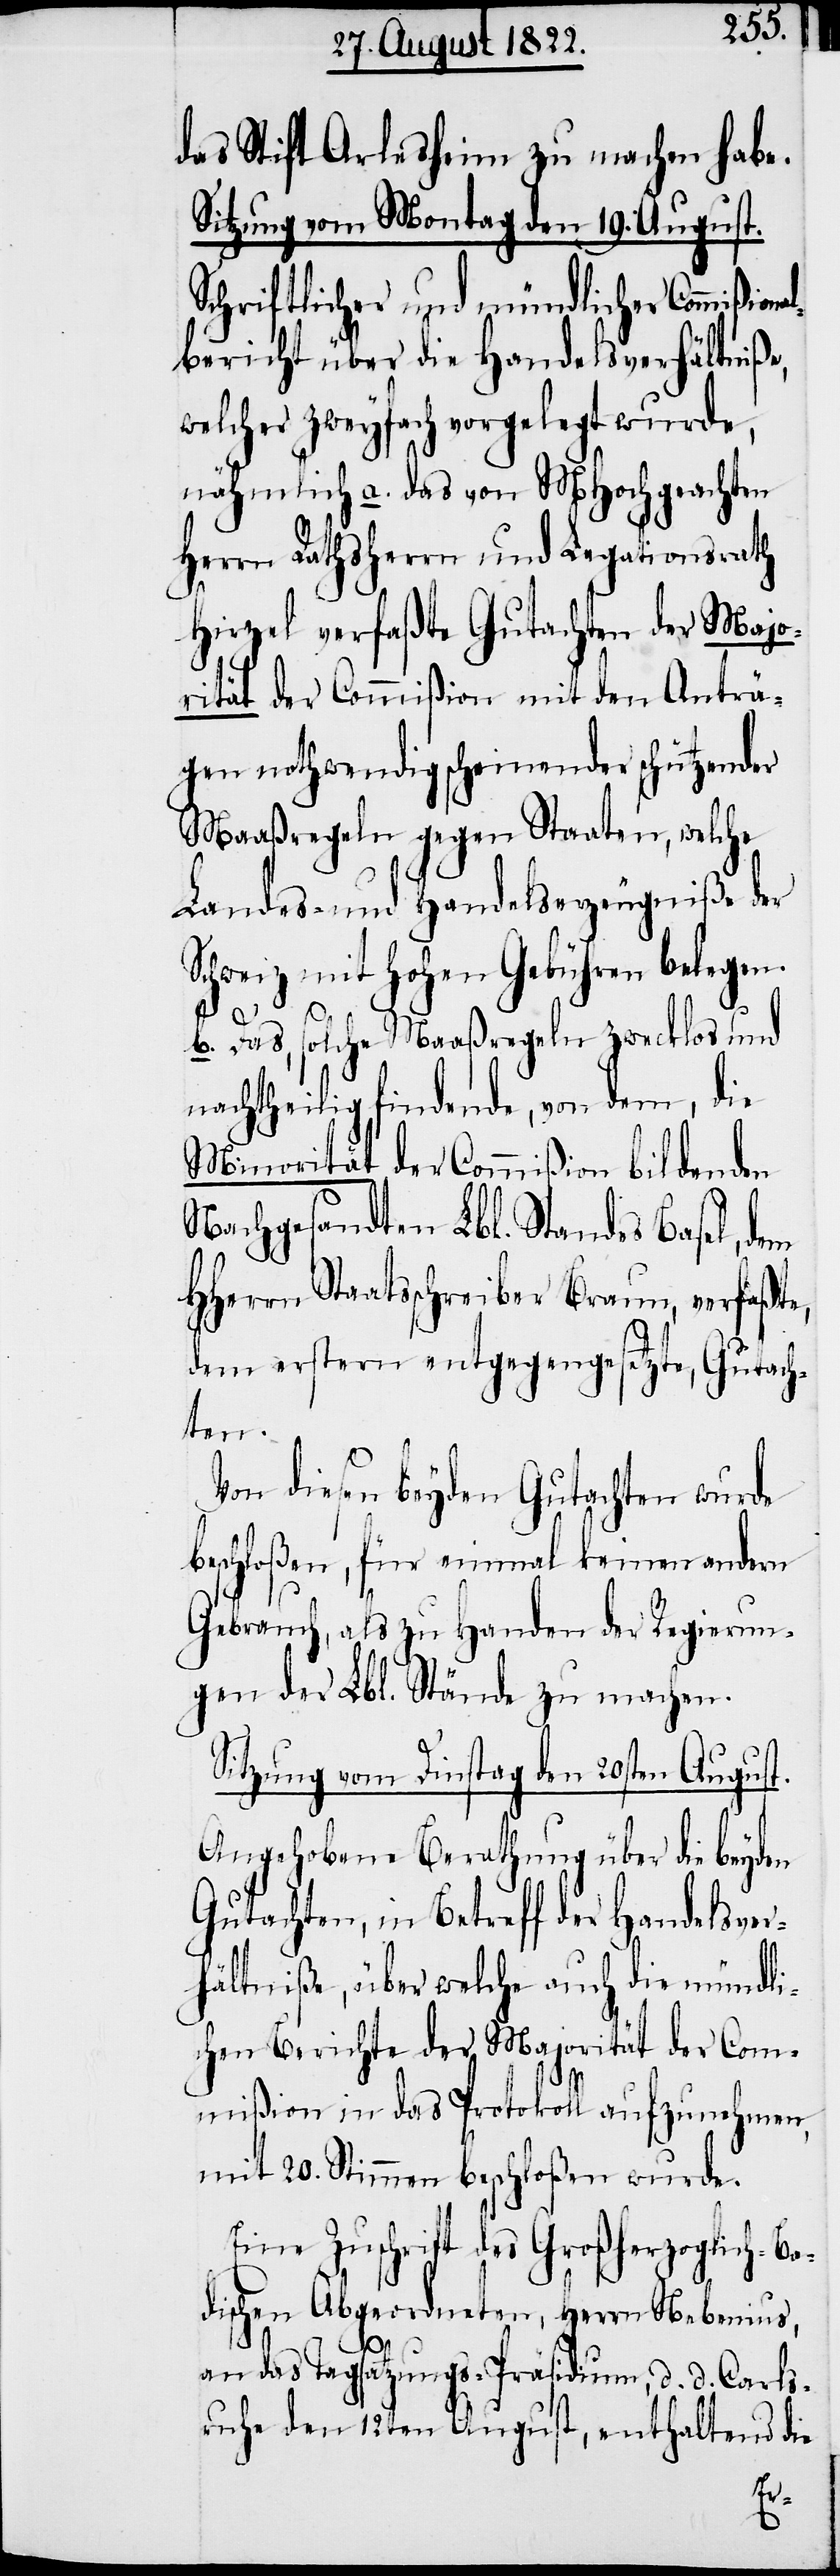
das Stift Arlesheim zu machen habe.
Sitzung vom Montag den 10. August.
Schriftlicher und mündlicher Commißio¬
bericht über die Handelsverhältniße,
welcher zweyfach vorgelegt wurde,
nähmlich a. das von MHochgeachten
Herrn Rathsherrn und Legationsrath
Hirzel verfaßte Gutachten der Majo¬
rität der Commißion mit den Anträ¬
gen nothwendig scheinender schützender
Maaßregeln gegen Staaten, welche
Landes- und Handelserzeugniße der
Schweiz mit hohen Gebühren belegen.
b. Das, solche Maaßregeln zwecklos und
nachtheilig findende, von dem, die
Minorität der Commißion bildenden
Nachgesandten Lbl. Standes Basel, dem
HHerrn Staatsschreiber Braun, verfaßte,
dem erstern entgegengesetzte, Gutach¬
ten.
Von diesen beyden Gutachten wurde
beschloßen, für einmal keinen andern
Gebrauch, als zu Handen der Regierun¬
gen der Lbl. Stände zu machen.
Sitzung vom Dinstag den 20sten August.
Angehobene Berathung über die beyden
Gutachten, in Betreff der Handelsver¬
hältniße, über welche auch die mündli¬
chen Berichte der Majorität der Com¬
mißion in das Protokoll aufzunehmen,
mit 20. Stimmen beschloßen wurde.
Eine Zuschrift des Großherzoglich-Ba¬
dischen Abgeordneten, Herrn Nebenius,
an das Tagsatzungs-Präsidium, d. d. Carls¬
ruhe den 12ten August, enthaltend die
nal¬